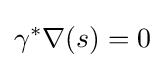
\gamma ^{*}\nabla (s)=0